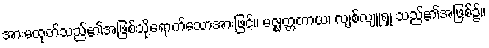
အားမထုတ်သည်၏အဖြစ်သို့ရောက်သောအားဖြင့်။ မဇ္ဈတ္တတာယ၊ လျစ်လျူရှု သည်၏အဖြစ်၌။